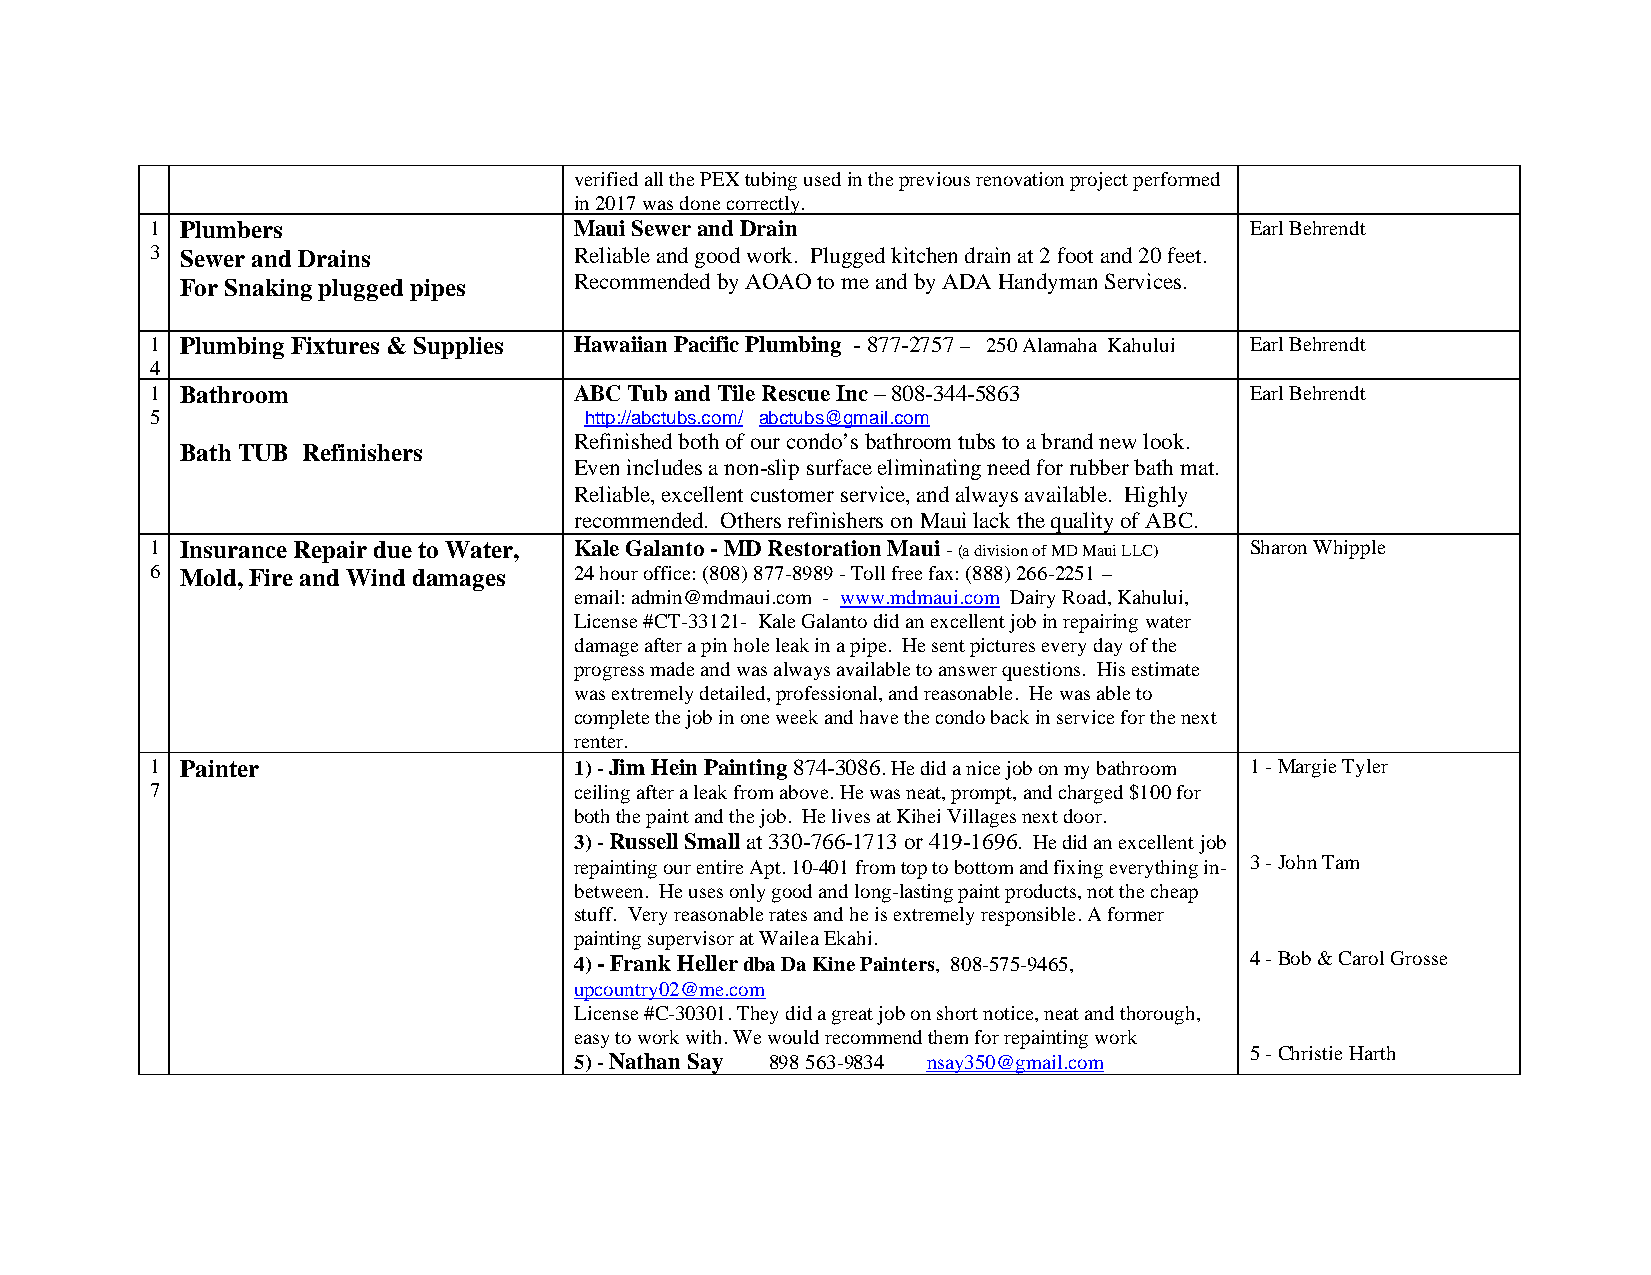
verified all the PEX tubing used in the previous renovation project performed
 in 2017 was done correctly.
 1 Plumbers                  Maui Sewer and Drain                         Earl Behrendt
 3 Sewer and Drains          Reliable and good work. Plugged kitchen drain at 2 foot and 20 feet.
 For Snaking plugged pipes Recommended by AOAO to me and by ADA Handyman Services.
 1 Plumbing Fixtures & Supplies Hawaiian Pacific Plumbing - 877-2757 – 250 Alamaha Kahului Earl Behrendt
 4
 1 Bathroom                  ABC Tub and Tile Rescue Inc – 808-344-5863   Earl Behrendt
 5                            http://abctubs.com/ abctubs@gmail.com
 Refinished both of our condo’s bathroom tubs to a brand new look.
 Bath TUB Refinishers
 Even includes a non-slip surface eliminating need for rubber bath mat.
 Reliable, excellent customer service, and always available. Highly
 recommended. Others refinishers on Maui lack the quality of ABC.
 1 Insurance Repair due to Water, Kale Galanto - MD Restoration Maui - (a division of MD Maui LLC) Sharon Whipple
 6 Mold, Fire and Wind damages 24 hour office: (808) 877-8989 - Toll free fax: (888) 266-2251 –
 email: admin@mdmaui.com - www.mdmaui.com Dairy Road, Kahului,
 License #CT-33121- Kale Galanto did an excellent job in repairing water
 damage after a pin hole leak in a pipe. He sent pictures every day of the
 progress made and was always available to answer questions. His estimate
 was extremely detailed, professional, and reasonable. He was able to
 complete the job in one week and have the condo back in service for the next
 renter.
 1 Painter                   1) - Jim Hein Painting 874-3086. He did a nice job on my bathroom 1 - Margie Tyler
 7                           ceiling after a leak from above. He was neat, prompt, and charged $100 for
 both the paint and the job. He lives at Kihei Villages next door.
 3) - Russell Small at 330-766-1713 or 419-1696. He did an excellent job
 repainting our entire Apt. 10-401 from top to bottom and fixing everything in- 3 - John Tam
 between. He uses only good and long-lasting paint products, not the cheap
 stuff. Very reasonable rates and he is extremely responsible. A former
 painting supervisor at Wailea Ekahi.
 4) - Frank Heller dba Da Kine Painters, 808-575-9465, 4 - Bob & Carol Grosse
 upcountry02@me.com
 License #C-30301. They did a great job on short notice, neat and thorough,
 easy to work with. We would recommend them for repainting work
 5 - Christie Harth
 5) - Nathan Say 898 563-9834 nsay350@gmail.com